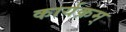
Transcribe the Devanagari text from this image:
कार्यक्रम्